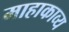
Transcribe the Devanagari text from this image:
माहाकाव्य